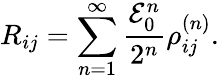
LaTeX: R_{ij}=\sum_{n=1}^{\infty}\frac{{\cal E}_{0}^{n}}{2^{n}}\rho_{ij}^{(n)}.